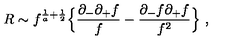
R \sim f ^ { { \frac { 1 } { a } } + { \frac { 1 } { 2 } } } \Bigl \{ { \frac { \partial _ { - } \partial _ { + } f } { f } } - { \frac { \partial _ { - } f \partial _ { + } f } { f ^ { 2 } } } \Bigr \} \ ,